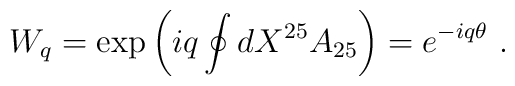
W_q=\exp\left(iq\oint dX^{25} A_{25}\right)=e^{-iq\theta}\ .\nonumber